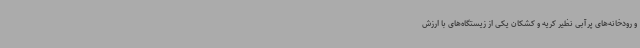
و رودخانه‌های پرآبی نظیر کریه و کشکان یکی از زیستگاه‌های با ارزش